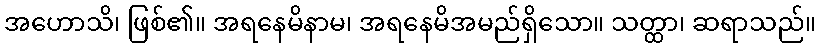
အဟောသိ၊ ဖြစ်၏။ အရနေမိနာမ၊ အရနေမိအမည်ရှိသော။ သတ္ထာ၊ ဆရာသည်။